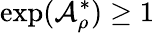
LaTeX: \exp(\mathcal{A}_{\rho}^{\ast})\geq 1